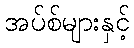
အပ်စ်များနှင့်